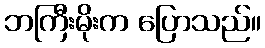
ဘကြီးမိုးက ပြောသည်။